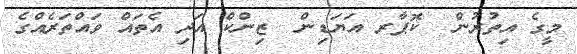
މީގެ އިތުރުން  ކޮޕާރ އަޔަޑިން  ޒިންކް އަދި އެތައް ވައްތަރެއްގެ